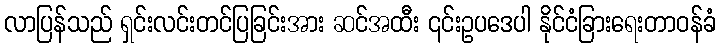
လာပြန်သည် ရှင်းလင်းတင်ပြခြင်းအား ဆင်အထီး ၎င်းဥပဒေပါ နိုင်ငံခြားရေးတာဝန်ခံ